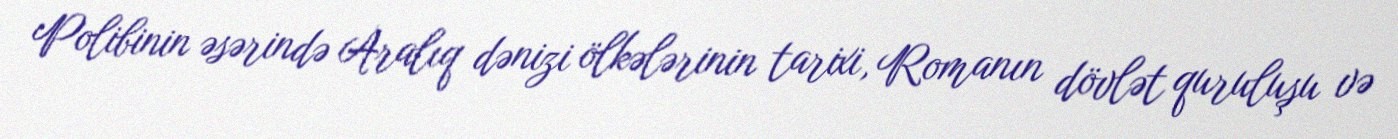
Polibinin əsərində Aralıq dənizi ölkələrinin tarixi, Romanın dövlət quruluşu və